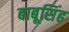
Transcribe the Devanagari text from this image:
बाबूसिंह